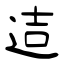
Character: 迼